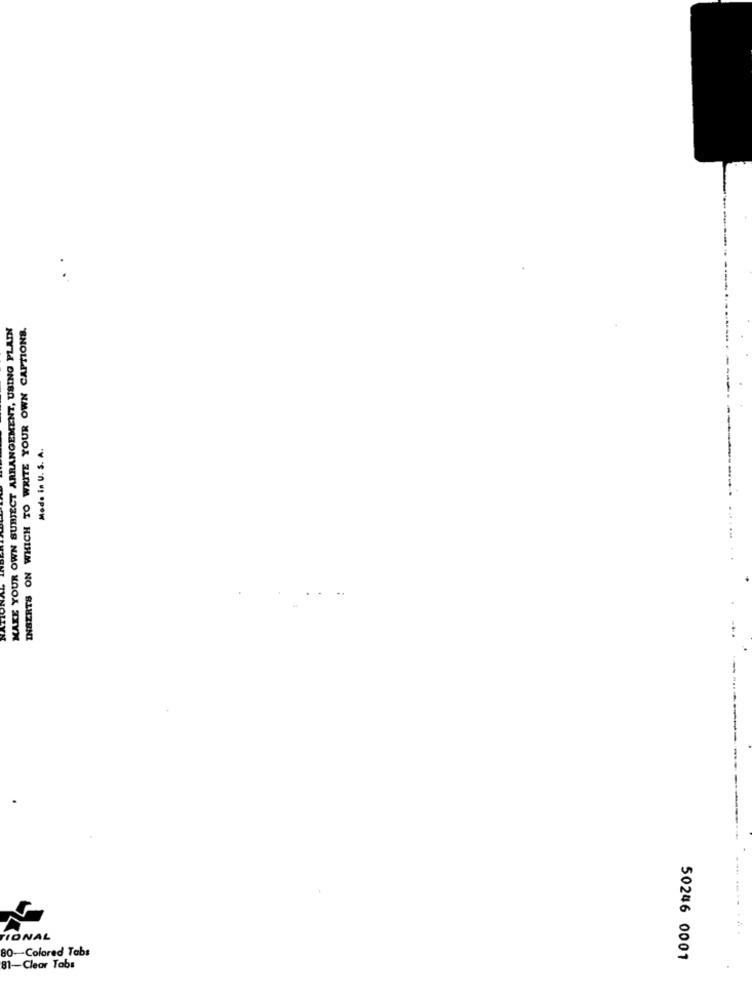
INSERTS ON WHICH TO WRITE YOUR OWN CAPTIONS.
Mode in U. S. A.
TIONAL
80-Colored Tabs
50246 0001
81-Clear Tabs